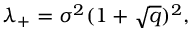
\begin{array} { r } { \lambda _ { + } = \sigma ^ { 2 } ( 1 + \sqrt { q } ) ^ { 2 } , } \end{array}